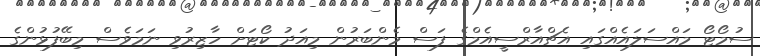
ސުމޯޓޯ މައްސަލައެއްގައި އެޗްއާރްސީއެމްގެ ފަސް މެންބަރުން މިއަދު ކޯޓަށް ހާޒިރުވި ނަމަވެސް މިބޭފުޅުންގެ